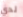
لدي